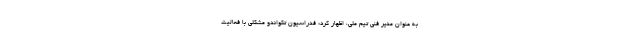
به عنوان مدیر فنی تیم ملی، اظهار کرد: فدراسیون تکواندو مشکلی با فعالیت